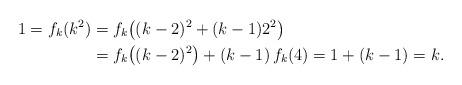
LaTeX: \begin{align*}1 = f_k(k^2) &= f_k\big( (k-2)^2 + (k-1)2^2 \big) \\*&= f_k\big((k-2)^2\big) + (k-1)\,f_k(4) = 1 + (k-1) = k.\end{align*}